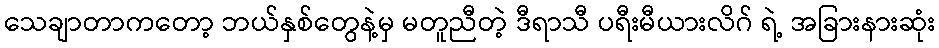
သေချာတာကတော့ ဘယ်နှစ်တွေနဲ့မှ မတူညီတဲ့ ဒီရာသီ ပရီးမီယားလိဂ် ရဲ့ အခြားနားဆုံး